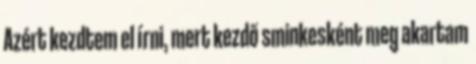
Azért kezdtem el írni, mert kezdő sminkesként meg akartam